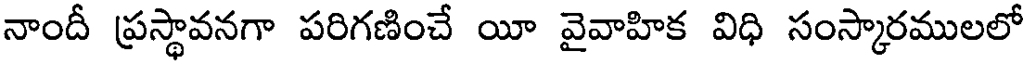
నాందీ ప్రస్థావనగా పరిగణించే యీ వైవాహిక విధి సంస్కారములలో